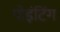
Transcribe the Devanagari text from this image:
पोइंटिंग